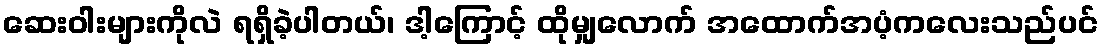
ဆေးဝါးများကိုလဲ ရရှိခဲ့ပါတယ်၊ ဒါ့ကြောင့် ထိုမျှလောက် အထောက်အပံ့ကလေးသည်ပင်